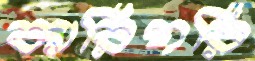
কারিগরি